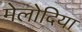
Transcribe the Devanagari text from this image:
मेलोदिया